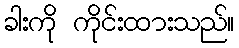
ခါးကို ကိုင်းထားသည်။